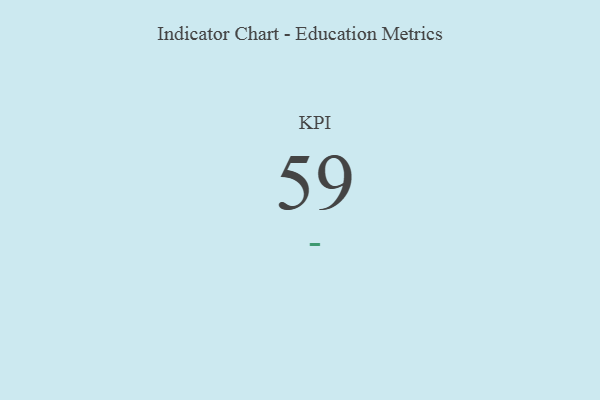
{"axis": {"x": "KPI", "y": "Value"}, "legend": [""], "data": [{"x": "KPI", "y": 59, "type": ""}]}